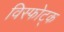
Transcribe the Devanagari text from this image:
विस्फोट्क